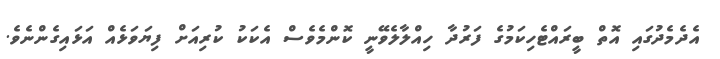
އެދެމެދުގައި އޮތް ބީރައްޓެހިކަމުގެ ފަރުދާ ހިއްލާލެވޭނީ ކޮންމެވެސް އެކަކު ކުރިއަށް ފިޔަވަޅެއް އަޅައިގެންނެވެ.